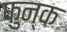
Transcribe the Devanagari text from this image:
फुन्क